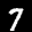
Label: 7